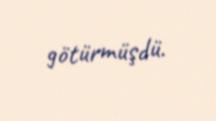
götürmüşdü.